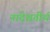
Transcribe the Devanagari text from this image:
नादेशतीर्थ